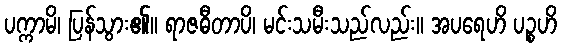
ပက္ကာမိ၊ ပြန်သွား၏။ ရာဇဓီတာပိ၊ မင်းသမီးသည်လည်း။ အပရေဟိ ပဉ္စဟိ